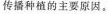
传播种植的主要原因。